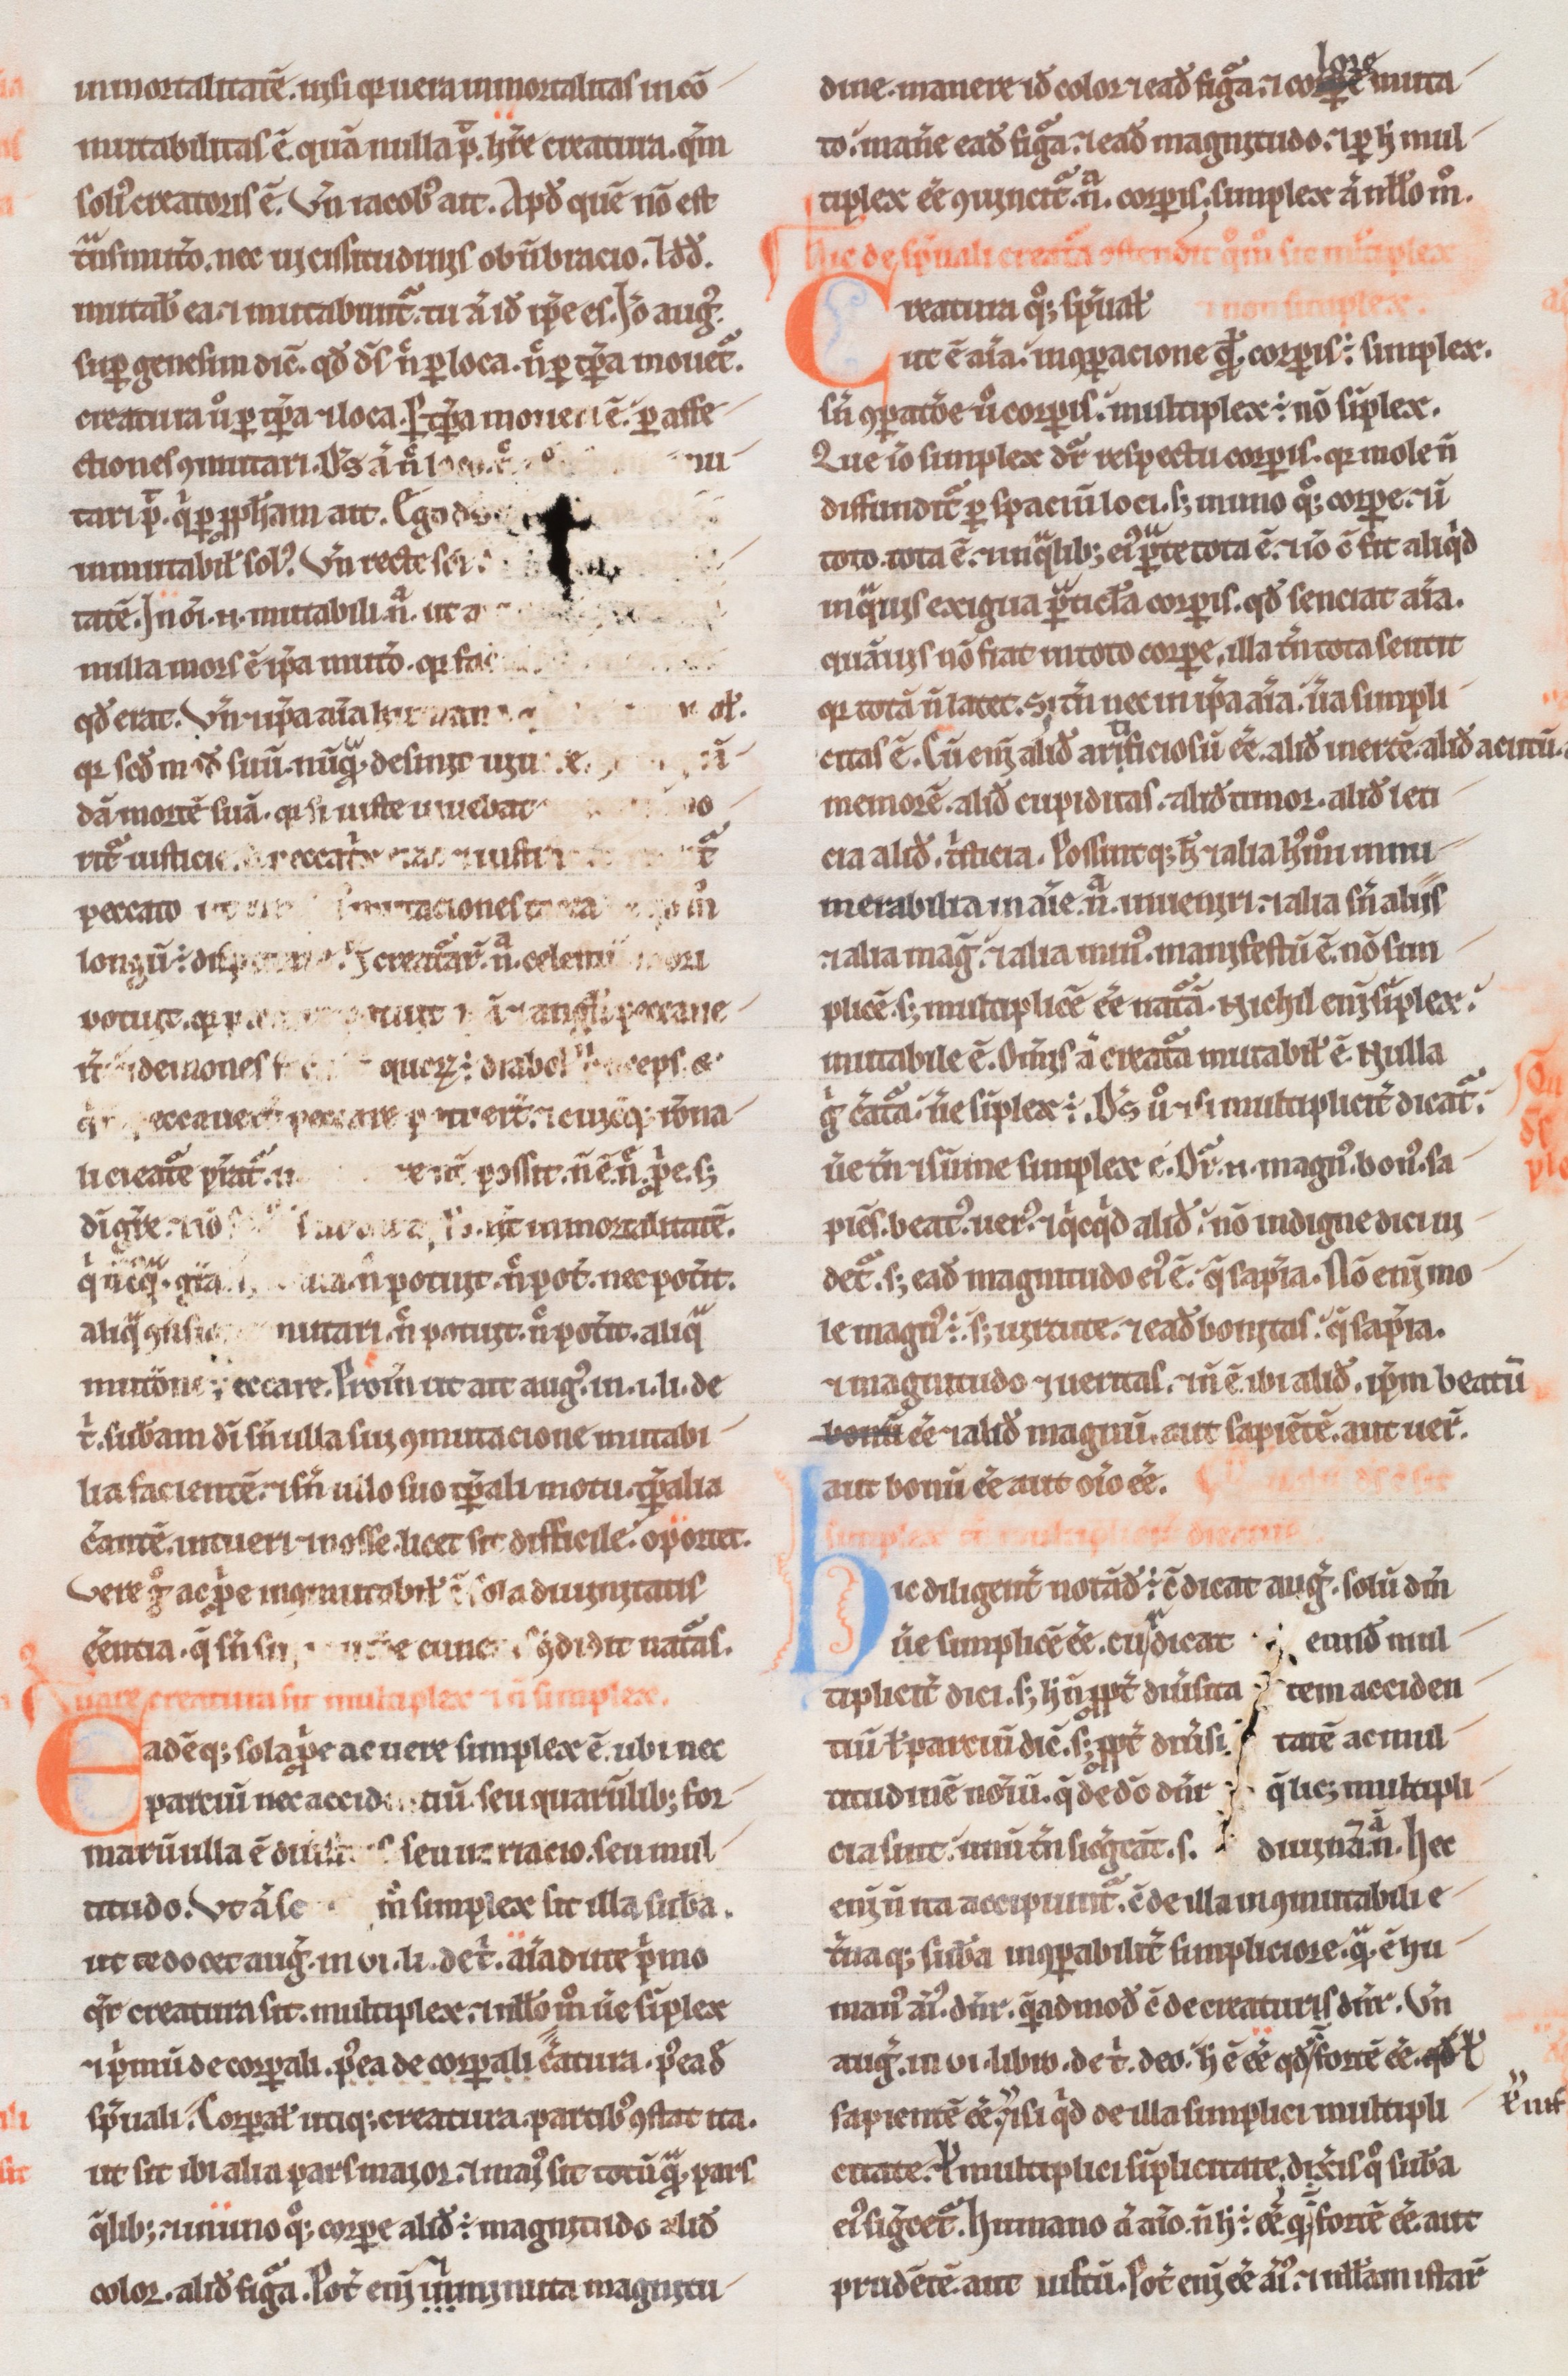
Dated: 1180–1190